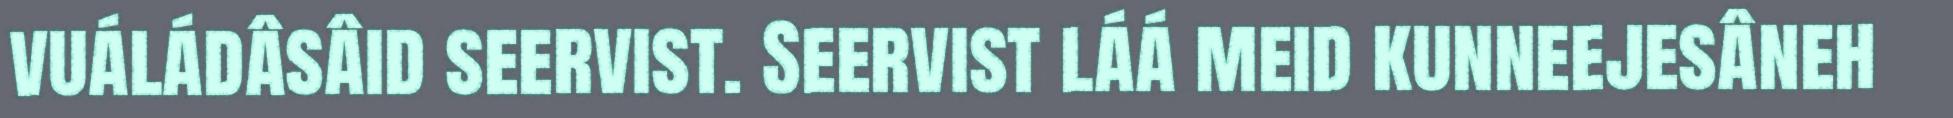
vuáládâsâid seervist. Seervist láá meid kunneejesâneh